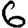
Digit: 6